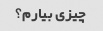
چیزی بیارم؟